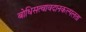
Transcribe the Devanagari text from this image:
बोधिसत्वावदानकल्पलता